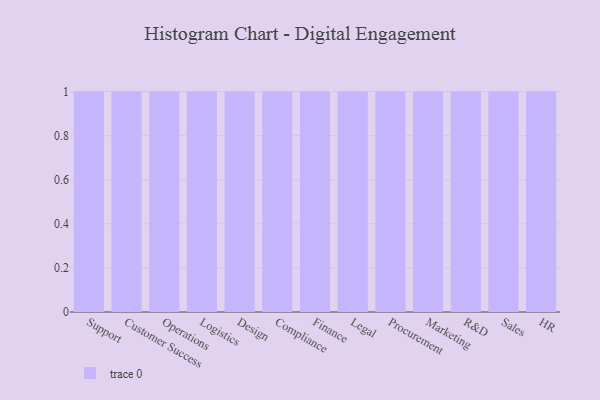
{"axis": {"x": "Department", "y": "Population (Million)"}, "legend": [""], "data": [{"x": "Support", "y": 73, "type": ""}, {"x": "Customer Success", "y": 12, "type": ""}, {"x": "Operations", "y": 91, "type": ""}, {"x": "Logistics", "y": 74, "type": ""}, {"x": "Design", "y": 92, "type": ""}, {"x": "Compliance", "y": 44, "type": ""}, {"x": "Finance", "y": 31, "type": ""}, {"x": "Legal", "y": 79, "type": ""}, {"x": "Procurement", "y": 97, "type": ""}, {"x": "Marketing", "y": 85, "type": ""}, {"x": "R&D", "y": 55, "type": ""}, {"x": "Sales", "y": 44, "type": ""}, {"x": "HR", "y": 16, "type": ""}]}